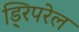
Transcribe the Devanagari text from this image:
ड्रिपरेल